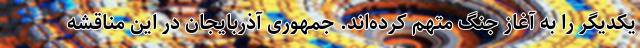
یکدیگر را به آغاز جنگ متهم کرده‌اند. جمهوری آذربایجان در این مناقشه